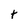
Character: t